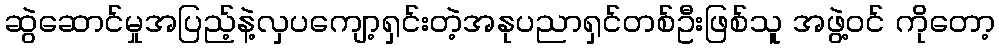
ဆွဲဆောင်မှုအပြည့်နဲ့လှပကျော့ရှင်းတဲ့အနုပညာရှင်တစ်ဦးဖြစ်သူ အဖွဲ့ဝင် ကိုတော့